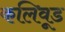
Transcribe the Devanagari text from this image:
कलिवूड